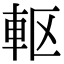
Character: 𮝀